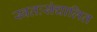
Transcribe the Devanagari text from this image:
स्वतःसंचालित